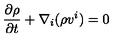
\frac { \partial \rho } { \partial t } + \nabla _ { i } ( \rho v ^ { i } ) = 0